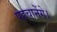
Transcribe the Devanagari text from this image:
पहचानेंगे।